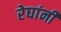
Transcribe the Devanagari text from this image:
रेघांनी